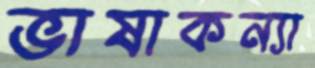
ভাষাকন্যা